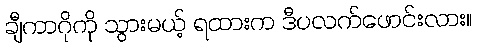
ချီကာဂိုကို သွားမယ့် ရထားက ဒီပလက်ဖောင်းလား။